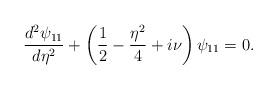
LaTeX: \begin{align*} \frac{d^2\psi_{11}}{d\eta^2}+\left(\frac{1}{2}-\frac{\eta^2}{4}+i\nu\right)\psi_{11}=0. \end{align*}